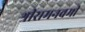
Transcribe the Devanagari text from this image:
श्रीरामनवमी